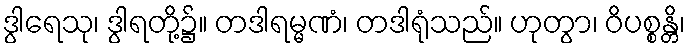
ဒွါရေသု၊ ဒွါရတို့၌။ တဒါရမ္မဏံ၊ တဒါရုံသည်။ ဟုတွာ၊ ဝိပစ္စန္တိ၊